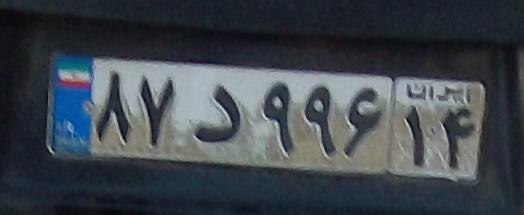
۸۷د۹۹۶۱۴